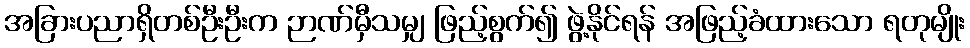
အခြားပညာရှိတစ်ဦးဦးက ဉာဏ်မှီသမျှ ဖြည့်စွက်၍ ဖွဲ့နိုင်ရန် အဖြည့်ခံထားသော ရတုမျိုး